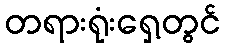
တရားရုံးရှေ့တွင်